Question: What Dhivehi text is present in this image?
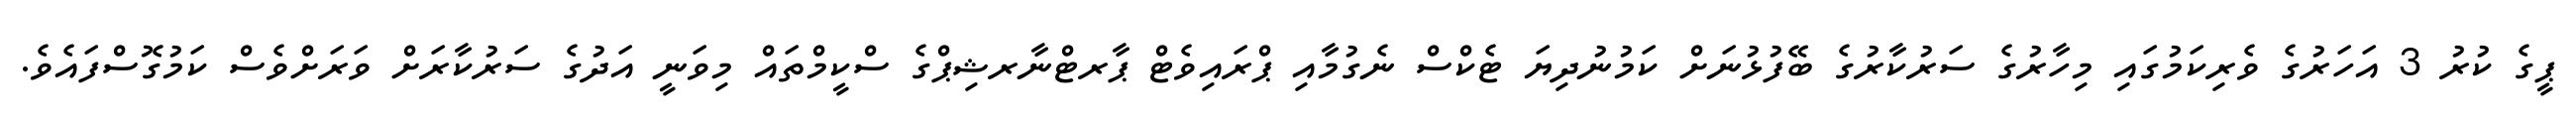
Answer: ޕީގެ ކުރު 3 އަހަރުގެ ވެރިކަމުގައި މިހާރުގެ ސަރުކާރުގެ ބޭފުޅުނަށް ކަމުނުދިޔަ ޓެކްސް ނެގުމާއި ޕްރައިވެޓް ޕާރޓްނާރޝިޕްގެ ސްކީމްތައް މިވަނީ އަދުގެ ސަރުކާރަށް ވަރަށްވެސް ކަމުގޮސްފައެވެ.